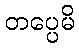
တပ္ပေမိ